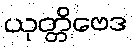
ယုတ္တိဗေဒ